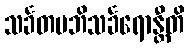
သင်္ခတမဘိသင်္ခရောန္တီတိ